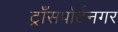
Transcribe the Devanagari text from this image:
ट्राँसपोर्टनगर